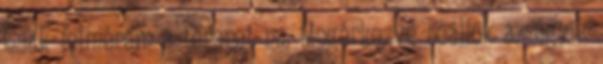
Csak felmérem a terepet na. Megérkezve beállok az egyik